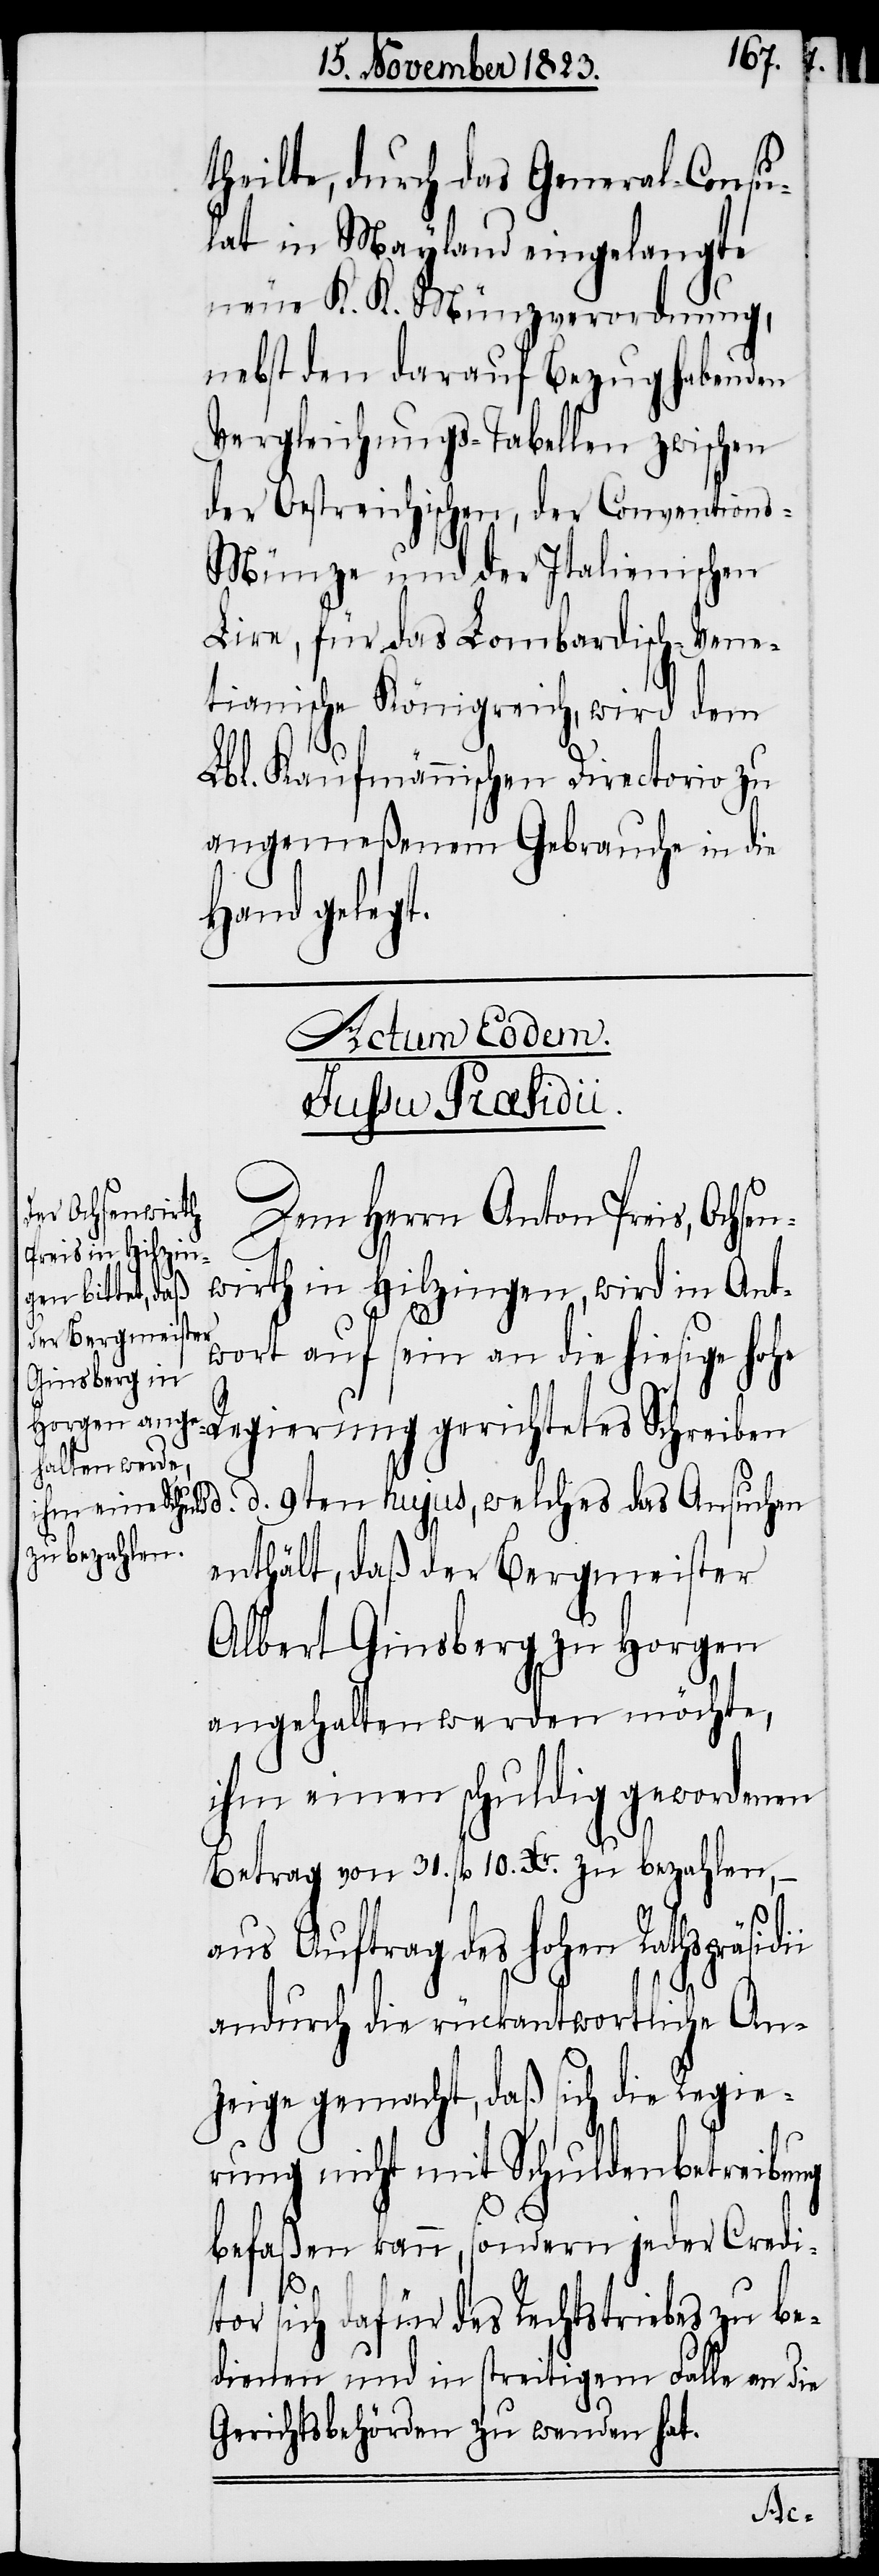
theilte, durch das General-Consu¬
lat in Mayland eingelangte
neue K. K. Münzverordnung,
nebst den darauf Bezug habenden
Vergleichungs-Tabellen zwischen
der Oestreichischen, der Conventions-M¬
ünze und der Italienischen
Lire, für das Lombardisch-Vene¬
tianische Königreich, wird dem
Lbl. Kaufmännischen Directorio zu
angemeßenem Gebrauche in die
Hand gelegt.
chtetes Schreiben
in
Dem Herrn Anton Preis, Ochsen¬
wirth in Hilzin¬
wort auf sein an die hiesige hohe
d. 9ten hujus, welches das Ansuchen
enthält, daß der Bergmeister
Albert Ginsberg zu Horgen
angehalten werden möchte,
ihm einen schuldig gewordenen
Betrag von 31. fl 10. Xr. zu bezahlen,
aus Auftrag des hohen Rathspräsidii
andurch die rückantwortliche An¬
zeige gemacht, daß sich die Regie¬
rung nicht mit Schuldenbetreibung
befaßen kann, sondern jeder Credi¬
tor sich dafür des Rechtstriebes zu be¬
dienen und in streitigem Falle an die
Gerichtsbehörden zu wenden hat.
d.